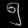
Digit: ၅